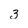
Character: 3